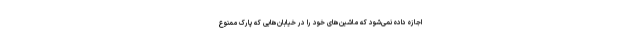
اجازه داده نمی‌شود که ماشین‌های خود را در خیابان‌هایی که پارک ممنوع